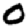
Digit: 0